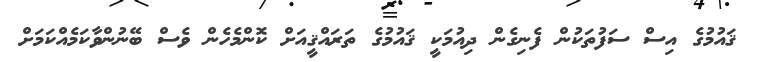
ޤައުމުގެ އިސް ސަފުތަކުން ފެނިގެން ދިއުމަކީ ޤައުމުގެ ތަރައްޤީއަށް ކޮންމެހެން ވެސް ބޭނުންވާކަމެއްކަމަށް